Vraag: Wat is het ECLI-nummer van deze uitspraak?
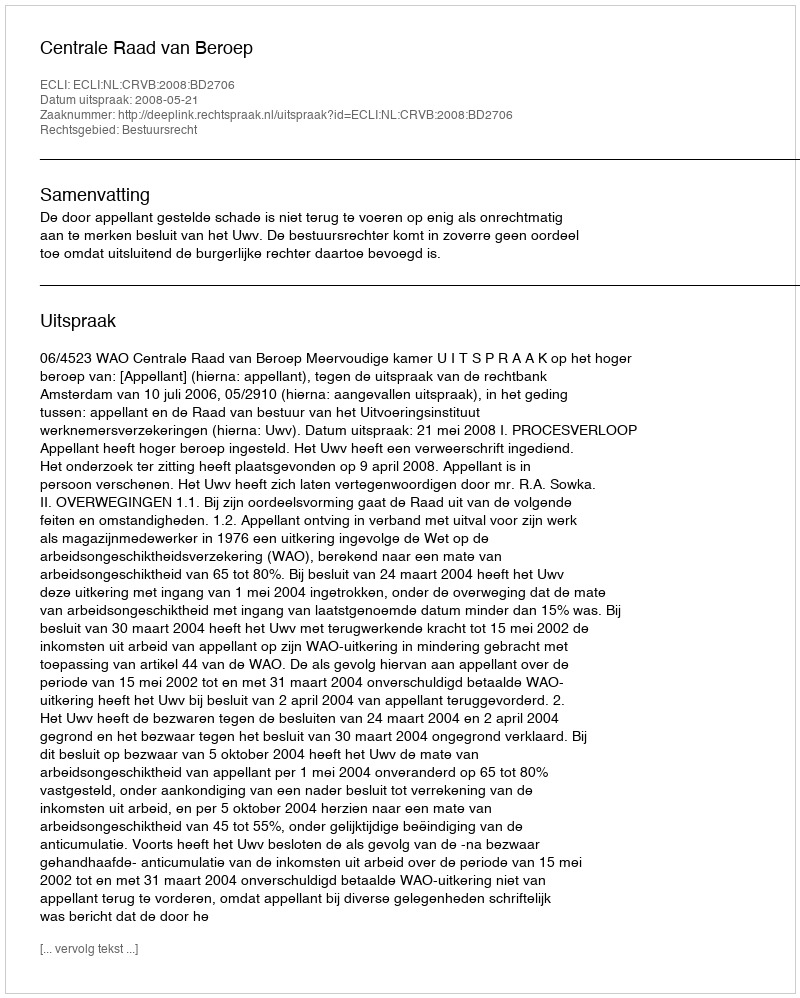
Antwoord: ECLI:NL:CRVB:2008:BD2706